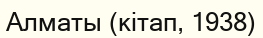
Алматы (кітап, 1938)